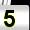
Digit: 5